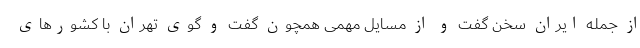
از جمله ایران سخن گفت و از مسایل مهمی همچون گفت و گوی تهران با کشورهای